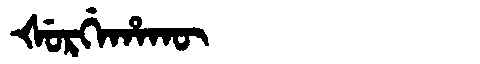
Manchu: ᡧᡠᡵᡤᡝᡥᠠᡴᡡ
Romanization: ŠURGEHAKŪ